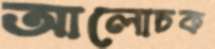
আলোচক